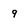
Character: 9